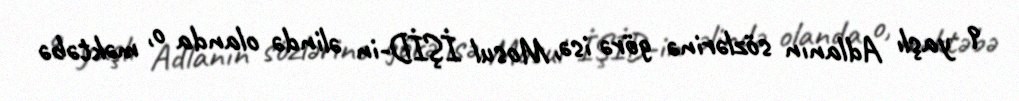
9 yaşlı Adlanın sözlərinə görə isə, Mosul İŞİD-in əlində olanda o, məktəbə